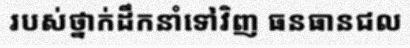
របស់ថ្នាក់ដឹកនាំទៅវិញ ធនធានជល